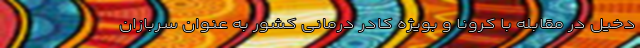
دخیل در مقابله با کرونا و بویژه کادر درمانی کشور به عنوان سربازان